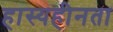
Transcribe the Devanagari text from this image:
हास्यहीनता